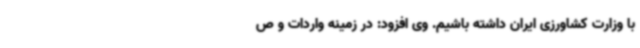
با وزارت کشاورزی ایران داشته باشیم. وی افزود: در زمینه واردات و ص